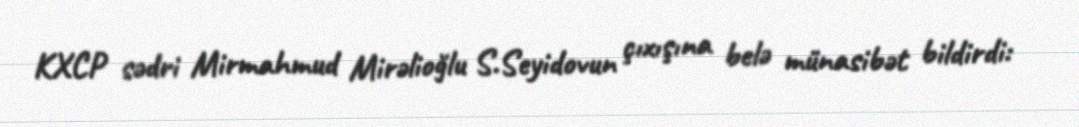
KXCP sədri Mirmahmud Mirəlioğlu S.Seyidovun çıxışına belə münasibət bildirdi: